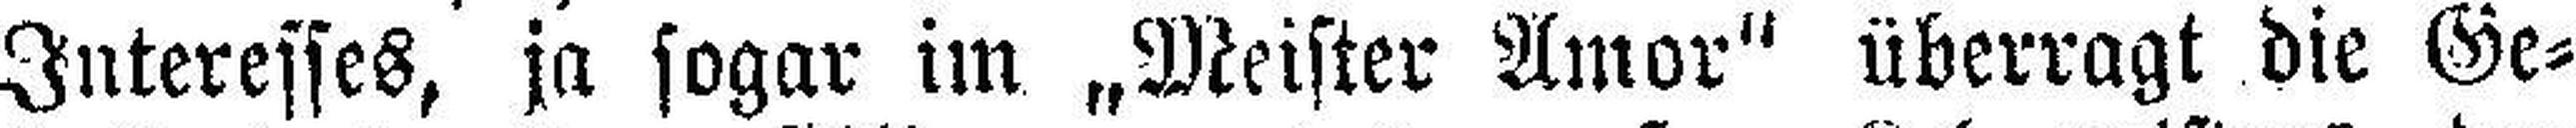
Interesses, ja sogar im „Meister Amor" überragt die Ge¬